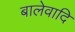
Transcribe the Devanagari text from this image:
बालेवादि